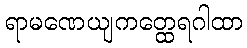
ရာမဏေယျကတ္ထေရဂါထာ